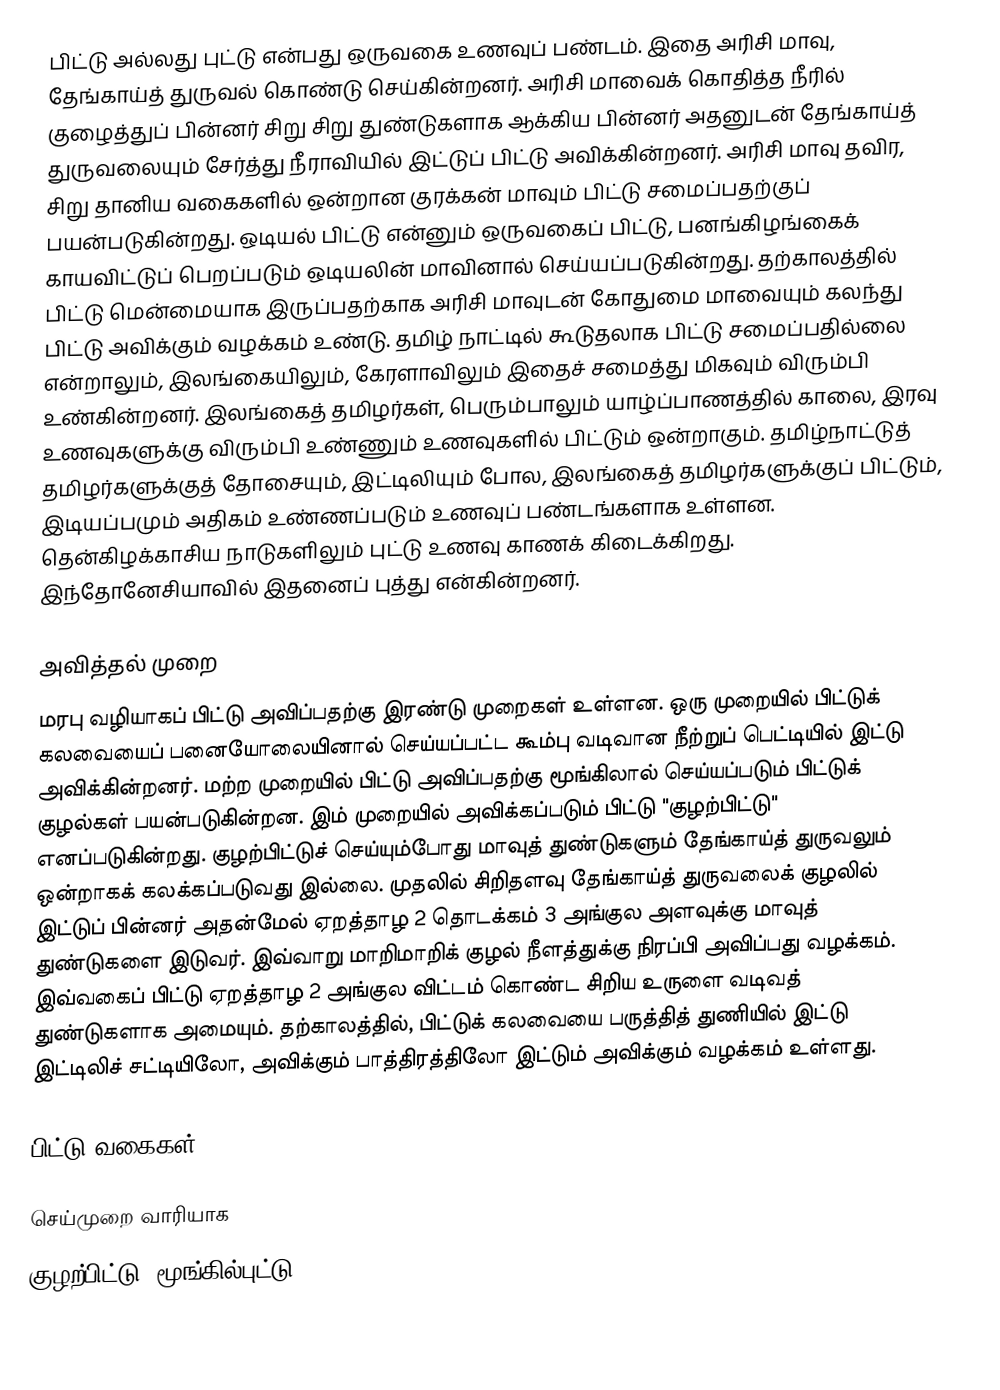
பிட்டு அல்லது புட்டு என்பது ஒருவகை உணவுப் பண்டம். இதை அரிசி மாவு, தேங்காய்த் துருவல் கொண்டு செய்கின்றனர். அரிசி மாவைக் கொதித்த நீரில் குழைத்துப் பின்னர் சிறு சிறு துண்டுகளாக ஆக்கிய பின்னர் அதனுடன் தேங்காய்த் துருவலையும் சேர்த்து நீராவியில் இட்டுப் பிட்டு அவிக்கின்றனர். அரிசி மாவு தவிர, சிறு தானிய வகைகளில் ஒன்றான குரக்கன் மாவும் பிட்டு சமைப்பதற்குப் பயன்படுகின்றது. ஒடியல் பிட்டு என்னும் ஒருவகைப் பிட்டு, பனங்கிழங்கைக் காயவிட்டுப் பெறப்படும் ஒடியலின் மாவினால் செய்யப்படுகின்றது. தற்காலத்தில் பிட்டு மென்மையாக இருப்பதற்காக அரிசி மாவுடன் கோதுமை மாவையும் கலந்து பிட்டு அவிக்கும் வழக்கம் உண்டு. தமிழ் நாட்டில் கூடுதலாக பிட்டு சமைப்பதில்லை என்றாலும், இலங்கையிலும், கேரளாவிலும் இதைச் சமைத்து மிகவும் விரும்பி உண்கின்றனர். இலங்கைத் தமிழர்கள், பெரும்பாலும் யாழ்ப்பாணத்தில் காலை, இரவு உணவுகளுக்கு விரும்பி உண்ணும் உணவுகளில் பிட்டும் ஒன்றாகும். தமிழ்நாட்டுத் தமிழர்களுக்குத் தோசையும், இட்டிலியும் போல, இலங்கைத் தமிழர்களுக்குப் பிட்டும், இடியப்பமும் அதிகம் உண்ணப்படும் உணவுப் பண்டங்களாக உள்ளன. தென்கிழக்காசிய நாடுகளிலும் புட்டு உணவு காணக் கிடைக்கிறது. இந்தோனேசியாவில் இதனைப் புத்து என்கின்றனர்.

அவித்தல் முறை
மரபு வழியாகப் பிட்டு அவிப்பதற்கு இரண்டு முறைகள் உள்ளன. ஒரு முறையில் பிட்டுக் கலவையைப் பனையோலையினால் செய்யப்பட்ட கூம்பு வடிவான நீற்றுப் பெட்டியில் இட்டு அவிக்கின்றனர். மற்ற முறையில் பிட்டு அவிப்பதற்கு மூங்கிலால் செய்யப்படும் பிட்டுக் குழல்கள் பயன்படுகின்றன. இம் முறையில் அவிக்கப்படும் பிட்டு "குழற்பிட்டு" எனப்படுகின்றது. குழற்பிட்டுச் செய்யும்போது மாவுத் துண்டுகளும் தேங்காய்த் துருவலும் ஒன்றாகக் கலக்கப்படுவது இல்லை. முதலில் சிறிதளவு தேங்காய்த் துருவலைக் குழலில் இட்டுப் பின்னர் அதன்மேல் ஏறத்தாழ 2 தொடக்கம் 3 அங்குல அளவுக்கு மாவுத் துண்டுகளை இடுவர். இவ்வாறு மாறிமாறிக் குழல் நீளத்துக்கு நிரப்பி அவிப்பது வழக்கம். இவ்வகைப் பிட்டு ஏறத்தாழ 2 அங்குல விட்டம் கொண்ட சிறிய உருளை வடிவத் துண்டுகளாக அமையும். தற்காலத்தில், பிட்டுக் கலவையை பருத்தித் துணியில் இட்டு இட்டிலிச் சட்டியிலோ, அவிக்கும் பாத்திரத்திலோ இட்டும் அவிக்கும் வழக்கம் உள்ளது.

பிட்டு வகைகள்

செய்முறை வாரியாக
 குழற்பிட்டு (மூங்கில்புட்டு )